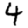
Digit: 4